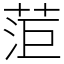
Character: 菃